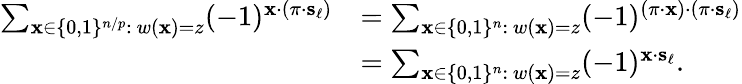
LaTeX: \begin{array}{rl}{\sum_{\mathbf{x}\in\{ 0,1\} ^{n/p}:\ w(\mathbf{x})=z}(-1)^{\mathbf{x}\cdot(\pi\cdot\mathbf{s}_{\ell})}}&{=\sum_{\mathbf{x}\in\{ 0,1\} ^{n}:\ w(\mathbf{x})=z}(-1)^{(\pi\cdot\mathbf{x})\cdot(\pi\cdot\mathbf{s}_{\ell})}}\\ &{=\sum_{\mathbf{x}\in\{ 0,1\} ^{n}:\ w(\mathbf{x})=z}(-1)^{\mathbf{x}\cdot\mathbf{s}_{\ell}}.}\end{array}